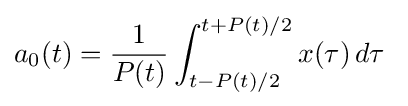
a_{0}(t)={\frac {1}{P(t)}}\int _{t-P(t)/2}^{t+P(t)/2}x(\tau )\,d\tau \